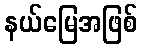
နယ်မြေအဖြစ်